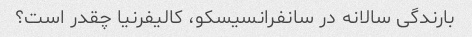
بارندگی سالانه در سانفرانسیسکو، کالیفرنیا چقدر است؟